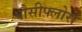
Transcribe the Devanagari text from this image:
पौसीफ्लोरा